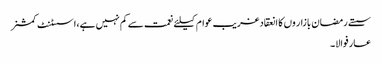
سستے رمضان بازار وں کا انعقادغریب عوام کیلئے نعمت سے کم نہیں ہے،اسسٹنٹ کمشنر
عارفوالا۔